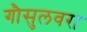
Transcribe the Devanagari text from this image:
गौसुलवरा